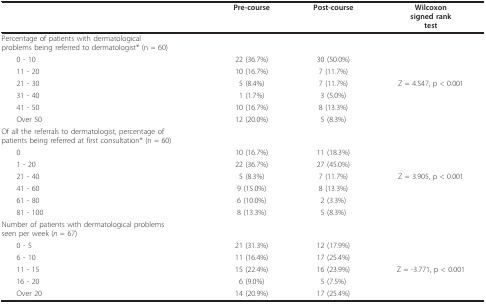
<table><thead><tr><td></td><td><b>Pre-course</b></td><td><b>Post-course</b></td><td><b>Wilcoxonsigned ranktest</b></td></tr></thead><tbody><tr><td>Percentage of patients with dermatologicalproblems being referred to dermatologist* (n = 60)</td><td></td><td></td><td></td></tr><tr><td> 0 - 10</td><td>22 (36.7%)</td><td>30 (50.0%)</td><td></td></tr><tr><td> 11 - 20</td><td>10 (16.7%)</td><td>7 (11.7%)</td><td></td></tr><tr><td> 21 - 30</td><td>5 (8.4%)</td><td>7 (11.7%)</td><td>Z = 4.547, p &lt; 0.001</td></tr><tr><td> 31 - 40</td><td>1 (1.7%)</td><td>3 (5.0%)</td><td></td></tr><tr><td> 41 - 50</td><td>10 (16.7%)</td><td>8 (13.3%)</td><td></td></tr><tr><td> Over 50</td><td>12 (20.0%)</td><td>5 (8.3%)</td><td></td></tr><tr><td>Of all the referrals to dermatologist, percentage ofpatients being referred at first consultation* (n = 60)</td><td></td><td></td><td></td></tr><tr><td> 0</td><td>10 (16.7%)</td><td>11 (18.3%)</td><td></td></tr><tr><td> 1 - 20</td><td>22 (36.7%)</td><td>27 (45.0%)</td><td></td></tr><tr><td> 21 - 40</td><td>5 (8.3%)</td><td>7 (11.7%)</td><td>Z = 3.905, p &lt; 0.001</td></tr><tr><td> 41 - 60</td><td>9 (15.0%)</td><td>8 (13.3%)</td><td></td></tr><tr><td> 61 - 80</td><td>6 (10.0%)</td><td>2 (3.3%)</td><td></td></tr><tr><td> 81 - 100</td><td>8 (13.3%)</td><td>5 (8.3%)</td><td></td></tr><tr><td>Number of patients with dermatological problemsseen per week (<i>n </i>= 67)</td><td></td><td></td><td></td></tr><tr><td> 0 - 5</td><td>21 (31.3%)</td><td>12 (17.9%)</td><td></td></tr><tr><td> 6 - 10</td><td>11 (16.4%)</td><td>17 (25.4%)</td><td></td></tr><tr><td> 11 - 15</td><td>15 (22.4%)</td><td>16 (23.9%)</td><td>Z = -3.771, p &lt; 0.001</td></tr><tr><td> 16 - 20</td><td>6 (9.0%)</td><td>5 (7.5%)</td><td></td></tr><tr><td> Over 20</td><td>14 (20.9%)</td><td>17 (25.4%)</td><td></td></tr></tbody></table>